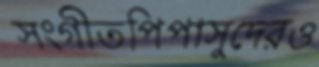
সংগীতপিপাসুদেরও